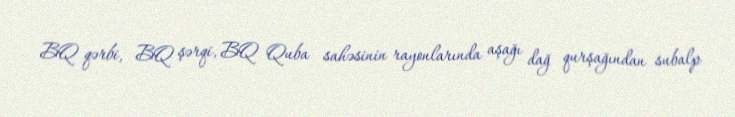
BQ qərbi, BQ şərqi, BQ Quba sahəsinin rayonlarında aşağı dağ qurşağından subalp